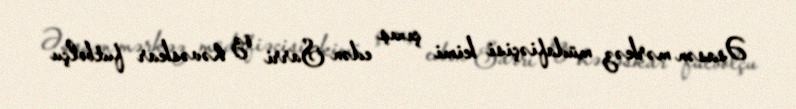
Əsasən mərkəz müdafiəçisi kimi çıxış edən Sarri öz həvəskar futbolçu